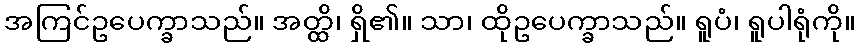
အကြင်ဥပေက္ခာသည်။ အတ္ထိ၊ ရှိ၏။ သာ၊ ထိုဥပေက္ခာသည်။ ရူပံ၊ ရူပါရုံကို။